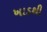
ખાડથી